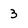
Character: 3